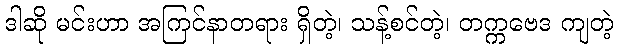
ဒါဆို မင်းဟာ အကြင်နာတရား ရှိတဲ့၊ သန့်စင်တဲ့၊ တက္ကဗေဒ ကျတဲ့